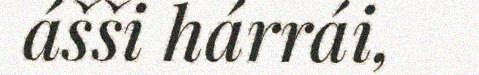
ášši hárrái,